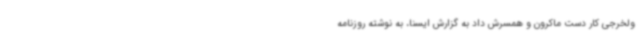
ولخرجی کار دست ماکرون و همسرش داد به گزارش ایسنا، به نوشته روزنامه